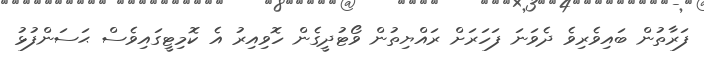
ފަރާތުން ބައިވެރިވެ ދެވަނަ ފަހަރަށް ރައްޔިތުން ވޯޓުދީގެން ހޮވިއިރު އެ ކޮމިޓީގައިވެސް ޙަސަންފުޅު